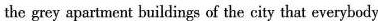
the grey apartment buildings of the city that everybody